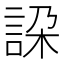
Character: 𧧇